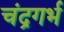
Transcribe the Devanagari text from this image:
चंद्रगर्भ